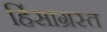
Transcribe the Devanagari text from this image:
हिंसाग्रस्त